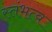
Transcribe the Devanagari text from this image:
स्तंभत्व